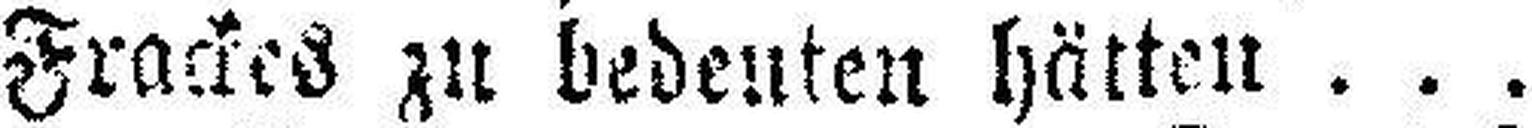
Frackes zu bedeuten hätten . . .